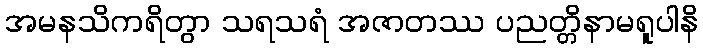
အမနသိကရိတွာ သရသရံ အဇာတဿ ပညတ္တိနာမရူပါနိ